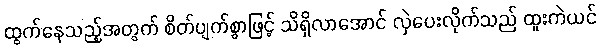
ထွက်နေသည့်အတွက် စိတ်ပျက်စွာဖြင့် သိရှိလာအောင် လှဲပေးလိုက်သည် ထူးကဲယင်